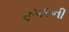
રૂપકની